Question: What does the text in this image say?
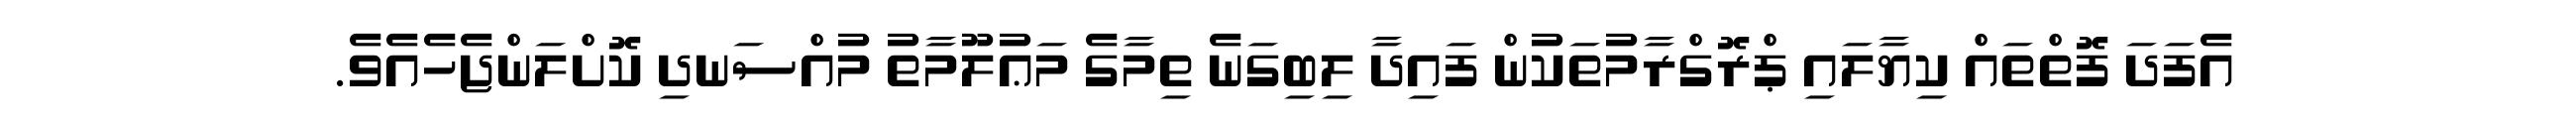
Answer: އެފަދަ ފޮތްތައް ކިޔާލައި ޕްރޮގްރާމުތަކުން ފައިދާ ލިބިގަނެ ތިމާގެ މަޢުލޫމާތު މުއްސަނދި ކޮށްލަންޖެހެއެވެ.